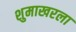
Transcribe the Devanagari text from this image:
शुमाखरला